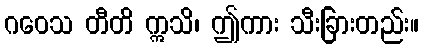
ဂဝေသ တီတိ ဣသိ၊ ဤကား သီးခြားတည်း။